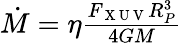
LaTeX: \begin{array}{r}{\dot{M}=\eta\frac{F_{\mathrm{~X~U~V~}}R_{P}^{3}}{4GM}}\end{array}